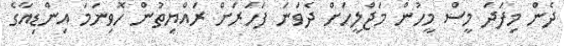
ދެން މިފަަދަ މީސް މީހުން މަޖްލީހަށް ދެވަނަ ފަހަރަށް ރައްޔިތުން ހޮވިނަމަ އިންޑިއާގެ